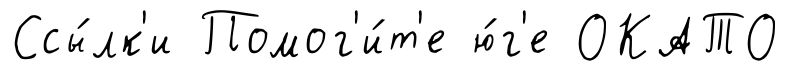
Ссы́лк'и Помог'и́т'е ю́г'е ОКАТО